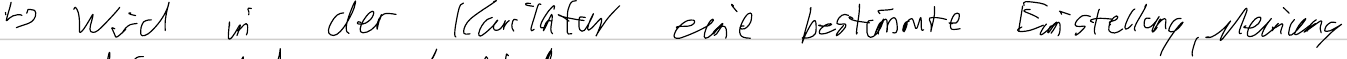
-> Wird in der Karikatur eine bestimmte Einstellung, Meinung